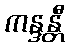
ကန္ဒန္တီ